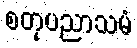
စတုပညာသမံ